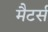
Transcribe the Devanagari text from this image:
मैटर्स